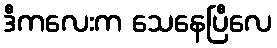
ဒီကလေးက သေနေပြီလေ